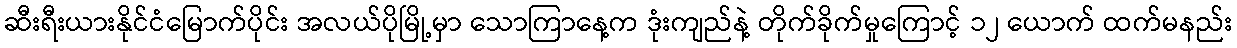
ဆီးရီးယားနိုင်ငံမြောက်ပိုင်း အလယ်ပိုမြို့မှာ သောကြာနေ့က ဒုံးကျည်နဲ့ တိုက်ခိုက်မှုကြောင့် ၁၂ ယောက် ထက်မနည်း